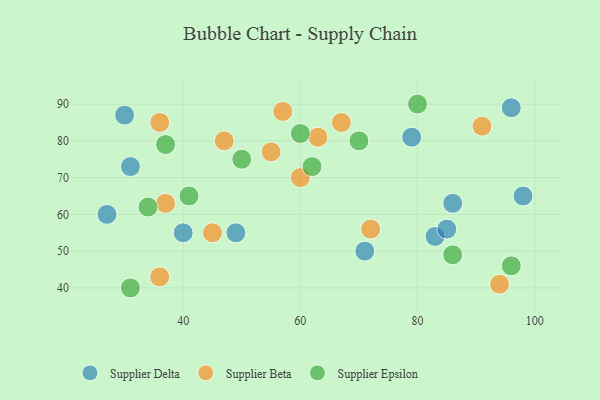
{"axis": {"x": "GDP", "y": "Life Expectancy"}, "legend": ["Supplier Beta", "Supplier Delta", "Supplier Epsilon"], "data": [{"x": "83", "y": 54, "type": "Supplier Delta"}, {"x": "98", "y": 65, "type": "Supplier Delta"}, {"x": "31", "y": 73, "type": "Supplier Delta"}, {"x": "86", "y": 63, "type": "Supplier Delta"}, {"x": "30", "y": 87, "type": "Supplier Delta"}, {"x": "96", "y": 89, "type": "Supplier Delta"}, {"x": "40", "y": 55, "type": "Supplier Delta"}, {"x": "27", "y": 60, "type": "Supplier Delta"}, {"x": "79", "y": 81, "type": "Supplier Delta"}, {"x": "71", "y": 50, "type": "Supplier Delta"}, {"x": "85", "y": 56, "type": "Supplier Delta"}, {"x": "49", "y": 55, "type": "Supplier Delta"}, {"x": "37", "y": 63, "type": "Supplier Beta"}, {"x": "47", "y": 80, "type": "Supplier Beta"}, {"x": "55", "y": 77, "type": "Supplier Beta"}, {"x": "91", "y": 84, "type": "Supplier Beta"}, {"x": "67", "y": 85, "type": "Supplier Beta"}, {"x": "63", "y": 81, "type": "Supplier Beta"}, {"x": "60", "y": 70, "type": "Supplier Beta"}, {"x": "57", "y": 88, "type": "Supplier Beta"}, {"x": "36", "y": 43, "type": "Supplier Beta"}, {"x": "94", "y": 41, "type": "Supplier Beta"}, {"x": "36", "y": 85, "type": "Supplier Beta"}, {"x": "45", "y": 55, "type": "Supplier Beta"}, {"x": "72", "y": 56, "type": "Supplier Beta"}, {"x": "62", "y": 73, "type": "Supplier Epsilon"}, {"x": "31", "y": 40, "type": "Supplier Epsilon"}, {"x": "70", "y": 80, "type": "Supplier Epsilon"}, {"x": "50", "y": 75, "type": "Supplier Epsilon"}, {"x": "60", "y": 82, "type": "Supplier Epsilon"}, {"x": "86", "y": 49, "type": "Supplier Epsilon"}, {"x": "34", "y": 62, "type": "Supplier Epsilon"}, {"x": "96", "y": 46, "type": "Supplier Epsilon"}, {"x": "80", "y": 90, "type": "Supplier Epsilon"}, {"x": "37", "y": 79, "type": "Supplier Epsilon"}, {"x": "41", "y": 65, "type": "Supplier Epsilon"}]}